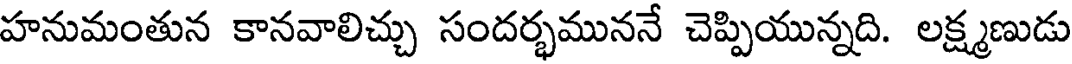
హనుమంతున కానవాలిచ్చు సందర్భముననే చెప్పియున్నది. లక్ష్మణుడు